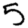
Digit: 5